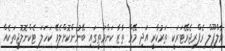
ވާލްޕޫލް ރެފްރިޖެރޭޓަރަކީ ތަރުކާރީ އަދި މޭވާ ތާޒާ ކަންމަތީގައި ބޭނުންކޮށްލެވޭ ކަހަލަ ޓެކްނޮލޮޖީތަކެއް